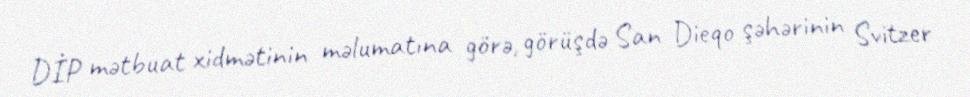
DİP mətbuat xidmətinin məlumatına görə, görüşdə San Dieqo şəhərinin Svitzer